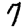
Digit: 7